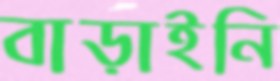
বাড়াইনি